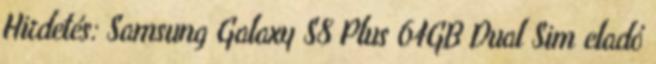
Hirdetés: Samsung Galaxy S8 Plus 64GB Dual Sim eladó